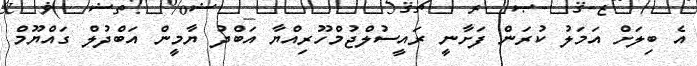
އެ ބިލަށް އަމަލު ކުރަން ފަށާނީ ރައީސުލްޖުމްހޫރިއްޔާ އަބްދު ޔާމީން އަބްދުލް ގައްޔޫމް